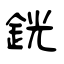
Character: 銧